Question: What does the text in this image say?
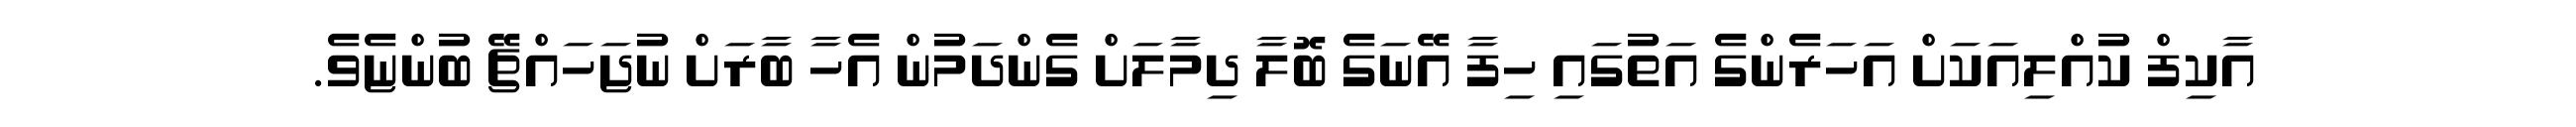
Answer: އާކިފް ކުއްލިއަކަށް އަހަރެންގެ އަތުގައި ހިފާ އޭނަގެ ބޮލާ ދިމާލަށް ގެންދަމުން އެހާ ބާރަށް ނުޖަހައްޗޭ ބުންޏެވެ.